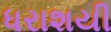
ધરાશયી